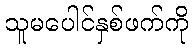
သူမပေါင်နှစ်ဖက်ကို